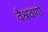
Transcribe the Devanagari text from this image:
वैश्रवणो